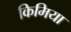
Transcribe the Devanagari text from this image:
किमिया